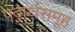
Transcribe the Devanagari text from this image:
पदार्थसमूह